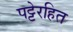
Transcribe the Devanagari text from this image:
पट्टेरहित